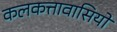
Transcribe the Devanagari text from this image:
कलकत्तावासियों